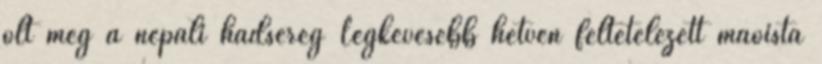
ölt meg a nepáli hadsereg Legkevesebb hetven feltételezett maoista